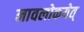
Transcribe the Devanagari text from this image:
नावलोकयेत्